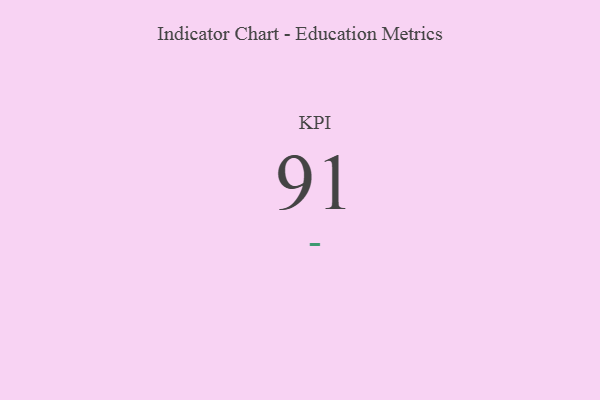
{"axis": {"x": "KPI", "y": "Value"}, "legend": [""], "data": [{"x": "KPI", "y": 91, "type": ""}]}